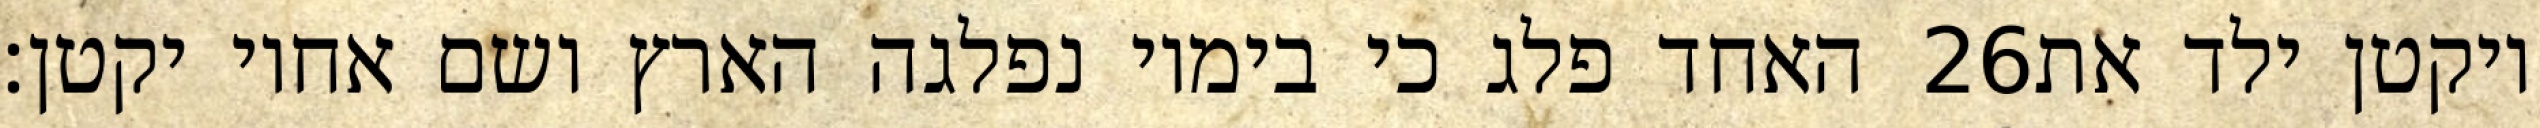
האחד פלג כי בימיו נפלגה הארץ ושם אחיו יקטן׃ ‎26‏ ויקטן ילד את